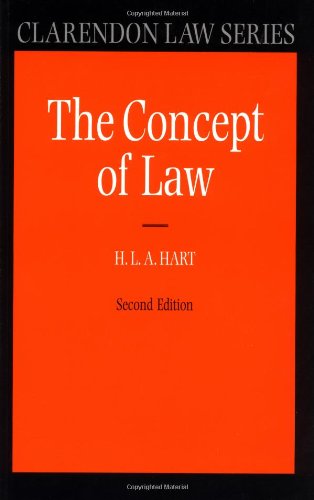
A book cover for The Concept of Law (Clarendon Law Series); H. L. A. Hart; Law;